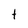
Character: t